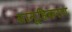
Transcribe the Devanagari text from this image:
सामूहिकरण